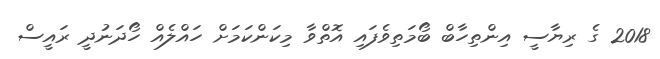
2018 ގެ ރިޔާސީ އިންތިހާބް ބޯމަތިވެފައި އޮތްވާ މިކަންކަމަށް ހައްލެއް ހޯދަނުދީ ރައީސް